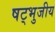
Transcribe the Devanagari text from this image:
षट्भुजीय